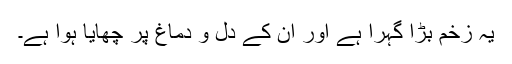
یہ زخم بڑا گہرا ہے اور ان کے دل و دماغ پر چھایا ہوا ہے۔